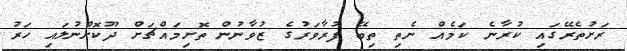
ރަށުތެރޭގައި ކުރާނެ ކަމެއް ނެތި ތިބޭ ފުރާވަރުގެ ޒުވާނުން ތޮށިމައްޗަށް ދޫކޮށްނުލައި ހަރު